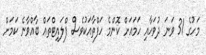
މަހުގެ 31 ވަނަ ދުވަހާއި ހަމައަށް ކޮންމެ ހަފްތާއަކުވެސް ފްލައިޓްތައް ބާއްވާނެ ކަމަށް